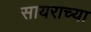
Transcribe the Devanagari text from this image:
सायराच्या